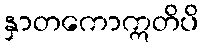
နှာတကောဣတိပိ